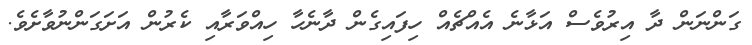
ގަންނަން ދާ އިރުވެސް އަޅާނެ އެއްޗެއް ހިފައިގެން ދާނެހާ ހިއްވަރާއި ކެރުން އަށަގަންނުވާށެވެ.